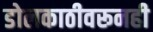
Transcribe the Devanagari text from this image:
डोलकाठीवरूनही